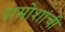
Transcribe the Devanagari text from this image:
रामोशांची